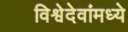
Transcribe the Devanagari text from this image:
विश्वेदेवांमध्ये